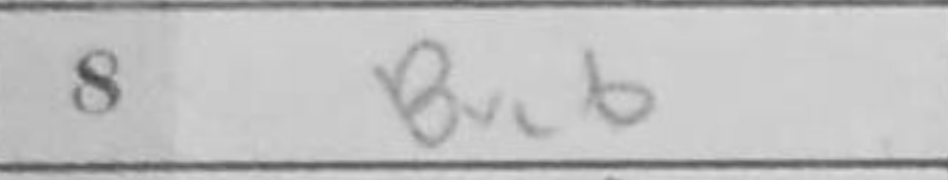
Transcription: Bxc6